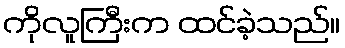
ကိုလူကြီးက ထင်ခဲ့သည်။